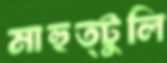
মাহুত্টুলি